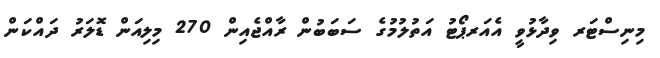
މިނިސްޓަރ ވިދާޅުވީ އެއަރޕޯޓު އަތުލުމުގެ ސަބަބުން ރާއްޖެއިން 270 މިލިއަން ޑޮލަރު ދައްކަން